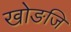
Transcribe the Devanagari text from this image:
खोङजि